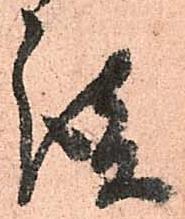
談